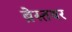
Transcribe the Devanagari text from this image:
ब्रेस्तवर